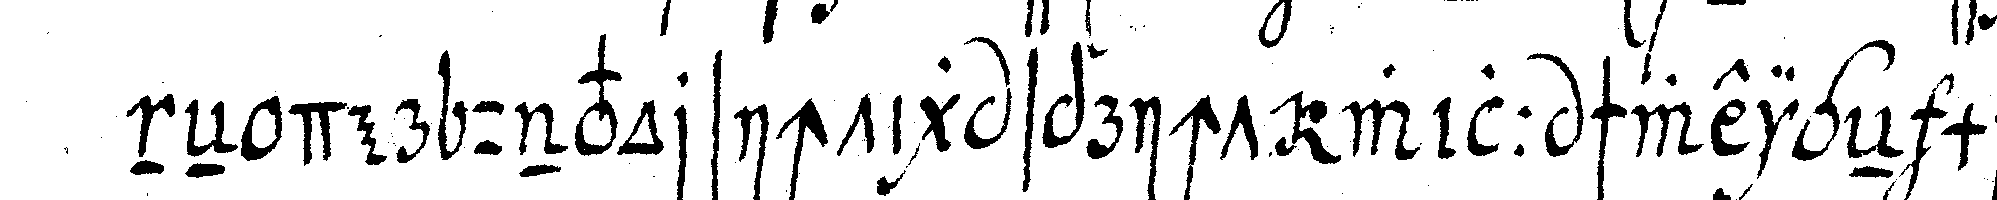
neN der unvorsichtig spricht will schweigeN ma